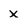
Character: X